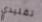
تقليدي